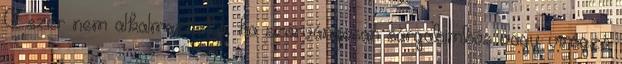
A szer nem alkalmazható, ha szórványosan sárgabimbós vagy virágzó